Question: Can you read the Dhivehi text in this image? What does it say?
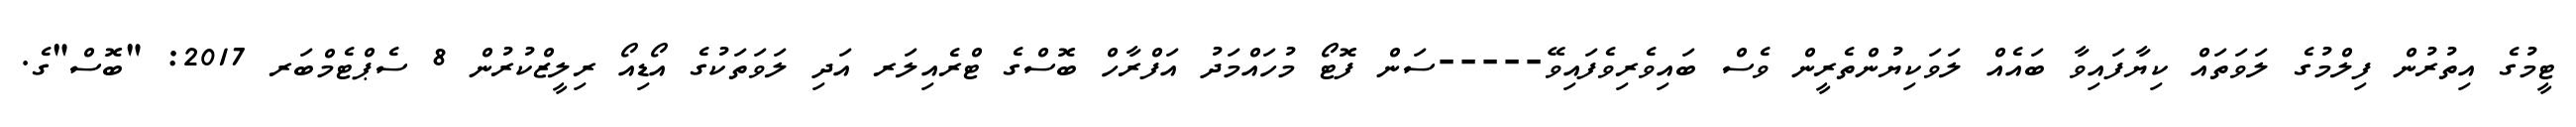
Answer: ޓީމުގެ އިތުރުން ފިލްމުގެ ލަވަތައް ކިޔާފައިވާ ބައެއް ލަވަކިޔުންތެރީން ވެސް ބައިވެރިވެފައިވޭ-----ސަން ފޮޓޯ މުހައްމަދު އަފްރާހް ބޮސްގެ ޓްރެއިލަރ އަދި ލަވަތަކުގެ އޯޑިއޯ ރިލީޒްކުރުން 8 ސެޕްޓެމްބަރ 2017: "ބޮސް"ގެ.